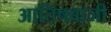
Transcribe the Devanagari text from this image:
आतिषबाजी